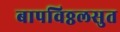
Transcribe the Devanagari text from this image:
बापविठ्ठलसुत